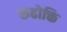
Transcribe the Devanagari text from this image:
रुढोक्ति